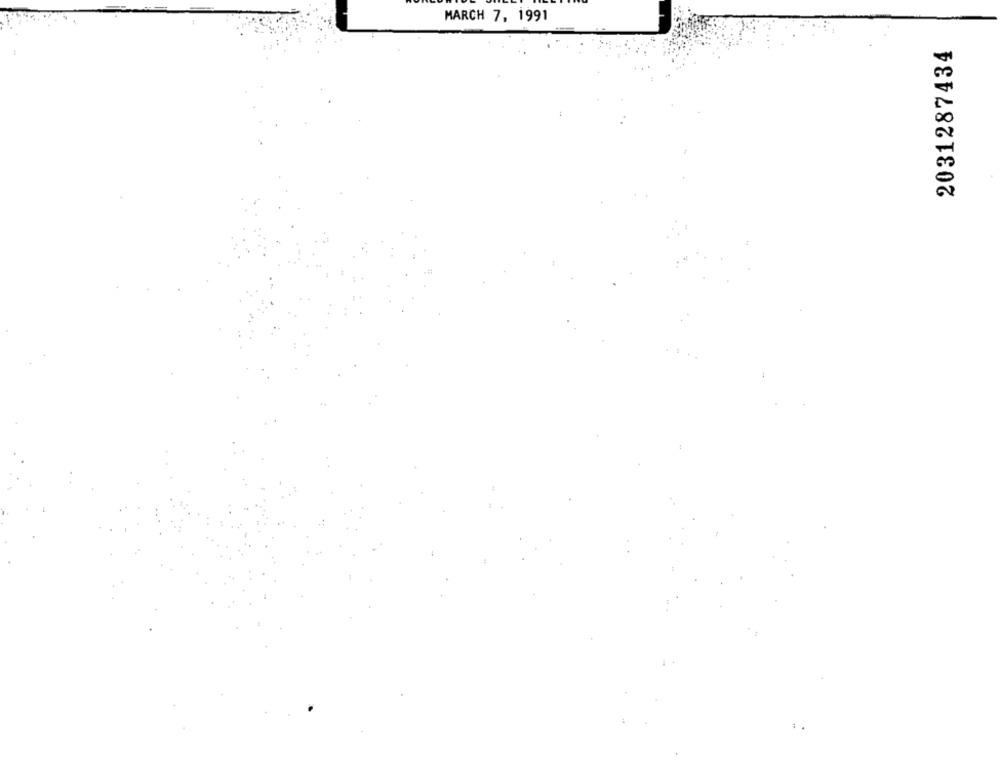
MARCH 7, 1991
2031287434